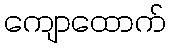
ကျောထောက်